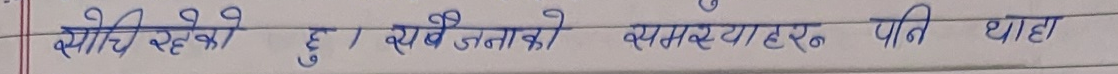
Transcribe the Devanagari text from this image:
भ्याइरहेको छ । एवं जनताको समस्याहरु पनि थाहा